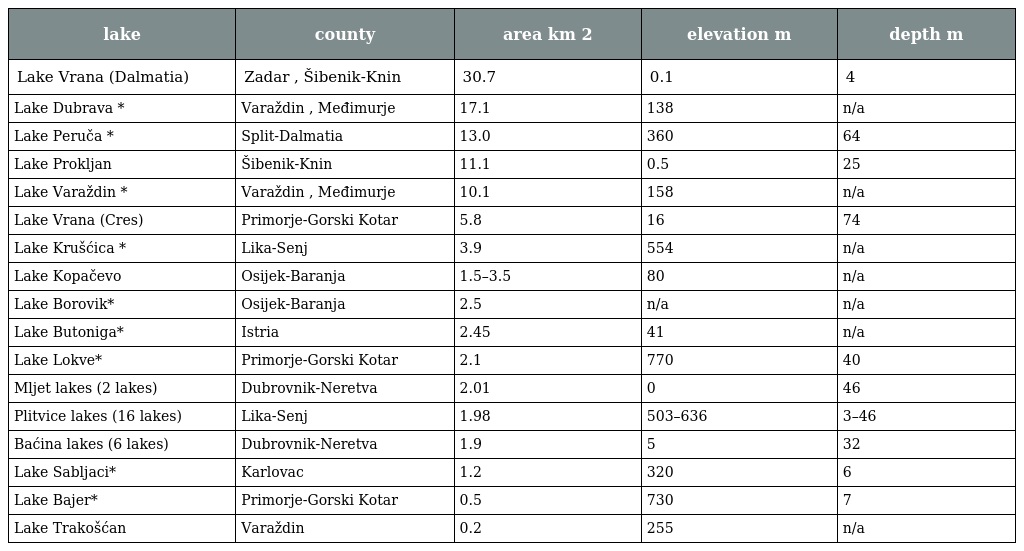
| lake | county | area km 2 | elevation m | depth m |
 | --- | --- | --- | --- | --- |
 | Lake Vrana (Dalmatia) | Zadar , Šibenik-Knin | 30.7 | 0.1 | 4 |
 | Lake Dubrava * | Varaždin , Međimurje | 17.1 | 138 | n/a |
 | Lake Peruča * | Split-Dalmatia | 13.0 | 360 | 64 |
 | Lake Prokljan | Šibenik-Knin | 11.1 | 0.5 | 25 |
 | Lake Varaždin * | Varaždin , Međimurje | 10.1 | 158 | n/a |
 | Lake Vrana (Cres) | Primorje-Gorski Kotar | 5.8 | 16 | 74 |
 | Lake Krušćica * | Lika-Senj | 3.9 | 554 | n/a |
 | Lake Kopačevo | Osijek-Baranja | 1.5–3.5 | 80 | n/a |
 | Lake Borovik* | Osijek-Baranja | 2.5 | n/a | n/a |
 | Lake Butoniga* | Istria | 2.45 | 41 | n/a |
 | Lake Lokve* | Primorje-Gorski Kotar | 2.1 | 770 | 40 |
 | Mljet lakes (2 lakes) | Dubrovnik-Neretva | 2.01 | 0 | 46 |
 | Plitvice lakes (16 lakes) | Lika-Senj | 1.98 | 503–636 | 3–46 |
 | Baćina lakes (6 lakes) | Dubrovnik-Neretva | 1.9 | 5 | 32 |
 | Lake Sabljaci* | Karlovac | 1.2 | 320 | 6 |
 | Lake Bajer* | Primorje-Gorski Kotar | 0.5 | 730 | 7 |
 | Lake Trakošćan | Varaždin | 0.2 | 255 | n/a |